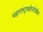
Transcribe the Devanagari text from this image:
महाराष्ट्राबाहेरदेखील